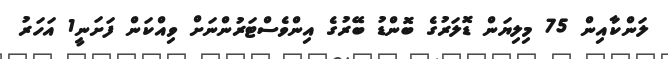
ލަންކާއިން 75 މިލިޔަން ޑޮލަރުގެ ބޮންޑު ބޭރުގެ އިންވެސްޓަރުންނަށް ވިއްކަން ފަށަނީ1 އަހަރު